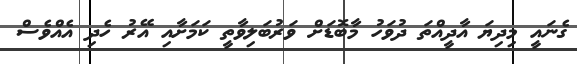
ގެނައީ މިދިޔަ އާދީއްތަ ދުވަހު މާބޮޑަށް ވަރުބަލިވާތީ ކަމަށާއި އޭރު ހެދި އެއްވެސް